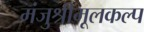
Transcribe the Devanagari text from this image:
मंजुश्रीमूलकल्प